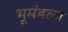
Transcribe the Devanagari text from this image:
भूमंडळा